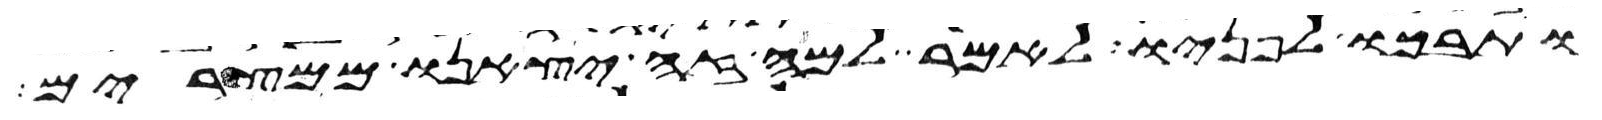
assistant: ותבכו לפניו לאמר למה זה יצאנו ממצרים